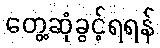
တွေ့ဆုံခွင့်ရရန်